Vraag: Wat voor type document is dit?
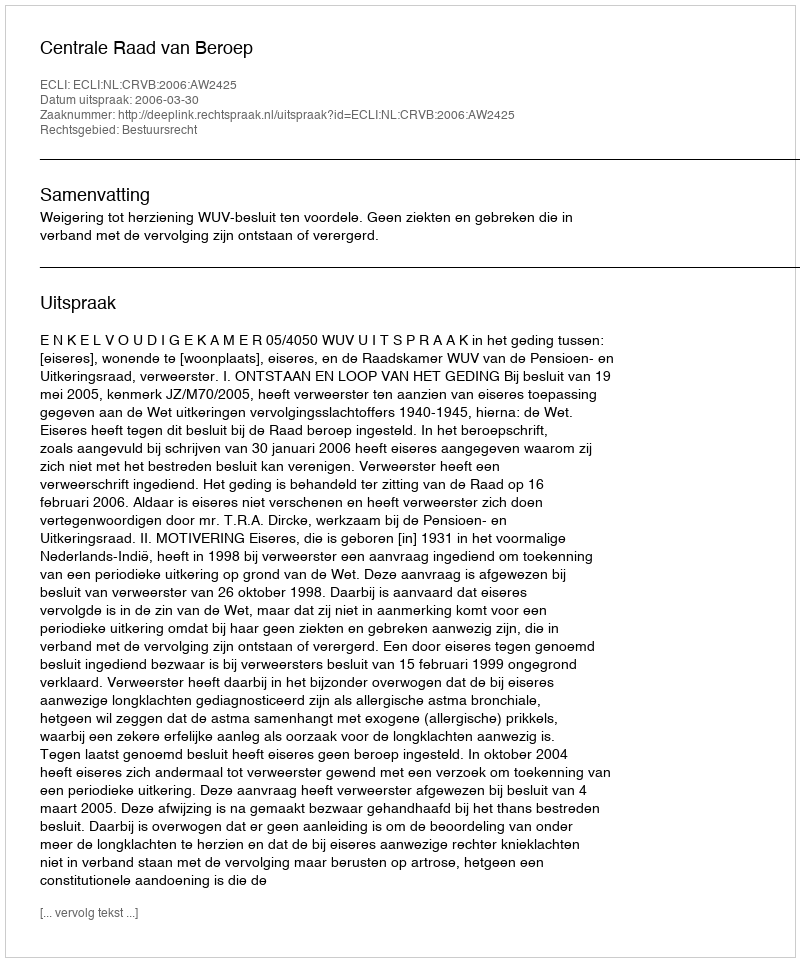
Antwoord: Uitspraak